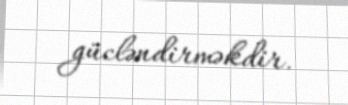
gücləndirməkdir.